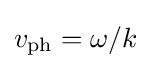
v_{\mathrm {ph} }=\omega /k